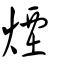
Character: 煙